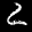
Label: 2